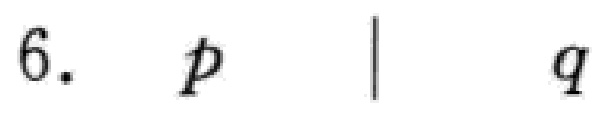
6. \(p\quad|\quad q\)